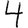
Digit: 4